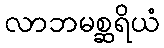
လာဘမစ္ဆရိယံ